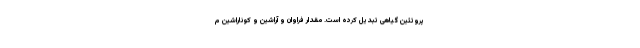
پروتئین گیاهی تبدیل کرده است. مقدار فراوان و آراشین و کوناراشین م